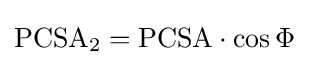
{\text{PCSA}}_{2}={\text{PCSA}}\cdot \cos \Phi